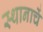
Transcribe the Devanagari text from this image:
स्थानाचें